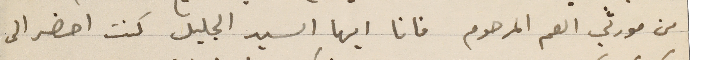
من مورثي العم المرحوم فانا ايها السيد الجليل كنت احضر الى